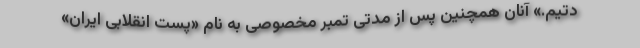
دتیم.» آنان همچنین پس از مدتی تمبر مخصوصی به نام «پست انقلابی ایران»